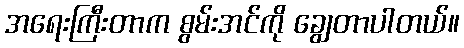
အရေးကြီးတာက စွမ်းအင်ကို ချွေတာပါတယ်။